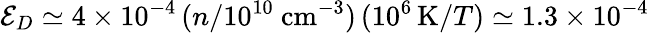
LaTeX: {\cal E}_{D}\simeq 4\times 10^{-4}\, (n/10^{10}~\mathrm{cm}^{-3})\, (10^{6}\, \mathrm{K}/T)\simeq 1.3\times 10^{-4}